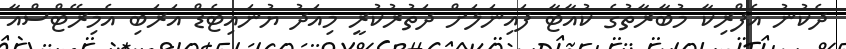
ދެކުނު އެފްރިކާ މުބާރާތުގެ ކުއާޓާ ފައިނަލަށް ދަތުރުކުރީ މިއަދު ޔުނައިޓެޑް އަރަބި އެމިރޭޓްސްއާ